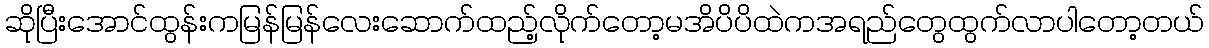
ဆိုပြီးအောင်ထွန်းကမြန်မြန်လေးဆောက်ထည့်လိုက်တော့မအိပိပိထဲကအရည်တွေထွက်လာပါတော့တယ်